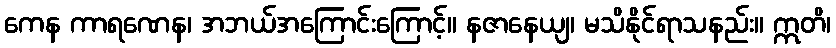
ကေန ကာရဏေန၊ အဘယ်အကြောင်းကြောင့်။ နဇာနေယျ၊ မသိနိုင်ရာသနည်း။ ဣတိ၊